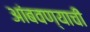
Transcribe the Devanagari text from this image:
आंबवण्याची